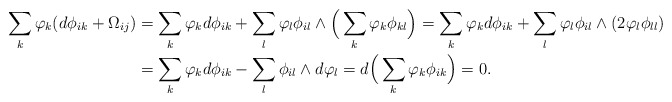
\begin{align*} \sum_{k}\varphi_k(d\phi_{ik}+\Omega_{ij})&=\sum_k\varphi_kd\phi_{ik}+\sum_l\varphi_l\phi_{il}\wedge\Big(\sum_k\varphi_k\phi_{kl}\Big)=\sum_k\varphi_kd\phi_{ik}+\sum_l\varphi_l\phi_{il}\wedge(2\varphi_l\phi_{ll})\\ &=\sum_k\varphi_kd\phi_{ik}-\sum_{l}\phi_{il}\wedge d\varphi_l=d\Big(\sum_k\varphi_k\phi_{ik}\Big)=0. \end{align*}